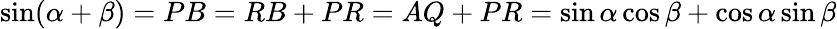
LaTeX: \sin(\alpha+\beta)=PB=RB+PR=AQ+PR=\sin\alpha\cos\beta+\cos\alpha\sin\beta